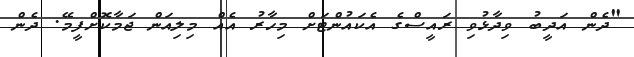
"ދެން އަދީބު ވިދާޅުވި ރައީސްގެ އެކައުންޓަށް މިހާރު އެއް މިލިއަން ޖަމާކޮށްފީމޭ. ދެން